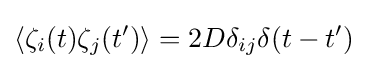
\langle \zeta _{i}(t)\zeta _{j}(t')\rangle =2D\delta _{ij}\delta (t-t')